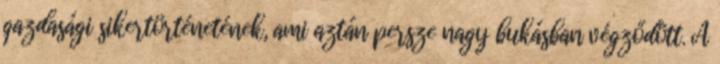
gazdasági sikertörténetének, ami aztán persze nagy bukásban végződött. A